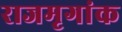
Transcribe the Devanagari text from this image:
राजमृगांक